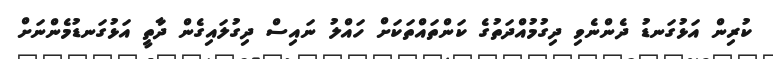
ކުރިން އަޅުގަނޑު ދެންނެވި ދިގުމުއްދަތުގެ ކަންތައްތަކަށް ހައްލު ނައިސް ދިގުލައިގެން ދާތީ އަޅުގަނޑުމެންނަށް